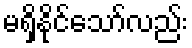
မရှိနိုင်သော်လည်း